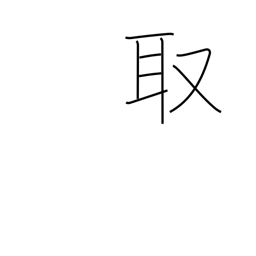
Meaning: take up